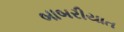
બાબરીયાત